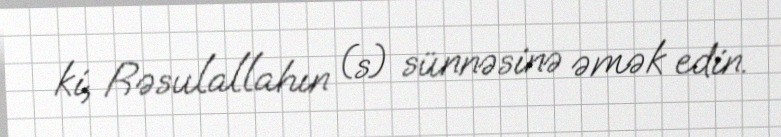
ki, Rəsulallahın (s) sünnəsinə əmək edin.